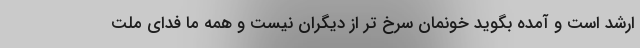
ارشد است و آمده بگوید خونمان سرخ تر از دیگران نیست و همه ما فدای ملت